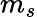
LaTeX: m_{s}